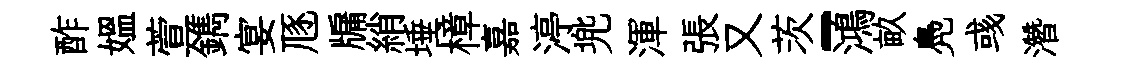
酢媪萱鐫宴豗牖綃埵樟嘉渟兠渾張又茨-鴻畝鳧彧濳